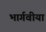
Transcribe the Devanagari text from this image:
भार्गवीया